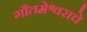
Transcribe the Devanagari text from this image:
गौतमेश्वराचे